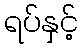
ရပ်နှင့်